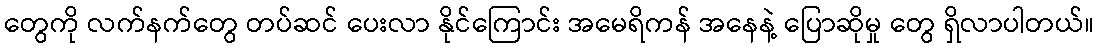
တွေကို လက်နက်တွေ တပ်ဆင် ပေးလာ နိုင်ကြောင်း အမေရိကန် အနေနဲ့ ပြောဆိုမှု တွေ ရှိလာပါတယ်။